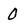
Character: 0